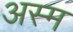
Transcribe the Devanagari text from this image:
अस्म